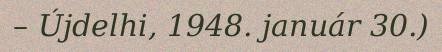
– Újdelhi, 1948. január 30.)